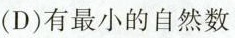
(D)有最小的自然数